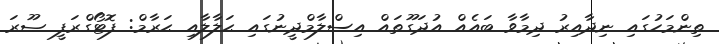
ތިންމަހުގައި ނިދާއިރު ދިމާވާ ބައެއް އުދަގޫތައް އިސްލާމްދީނުގައި ޙަލާލާއި ޙަރާމް: ފޮޓޯގްރަފީ ޞޫރަ